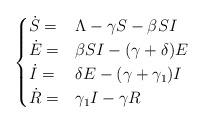
LaTeX: \begin{align*}\begin{cases}\dot S=&\Lambda- \gamma S - \beta S I\\\dot E=& \beta S I-(\gamma+\delta)E\\\dot I=& \delta E -(\gamma+\gamma_1) I\\\dot R=& \gamma_1 I- \gamma R\end{cases}\end{align*}